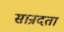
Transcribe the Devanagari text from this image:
सान्रदता